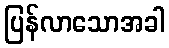
ပြန်လာသောအခါ